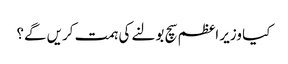
کیا وزیر اعظم سچ بولنے کی ہمت کریں گے؟